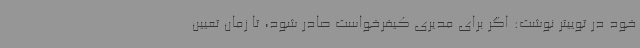
خود در توییتر نوشت: اگر برای مدیری کیفرخواست صادر شود، تا زمان تعیین